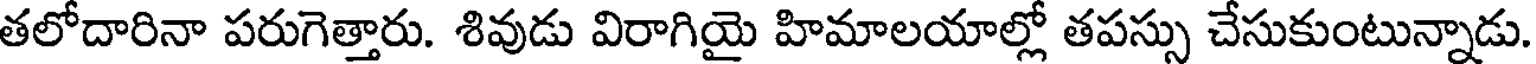
తలోదారినా పరుగెత్తారు. శివుడు విరాగియై హిమాలయాల్లో తపస్సు చేసుకుంటున్నాడు